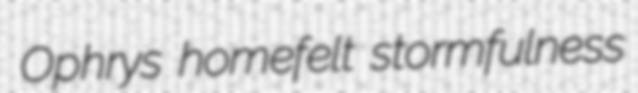
Ophrys homefelt stormfulness